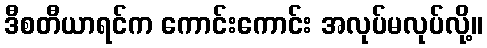
ဒီစတီယာရင်က ကောင်းကောင်း အလုပ်မလုပ်လို့။